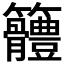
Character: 𥸠